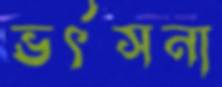
ভর্ৎসনা